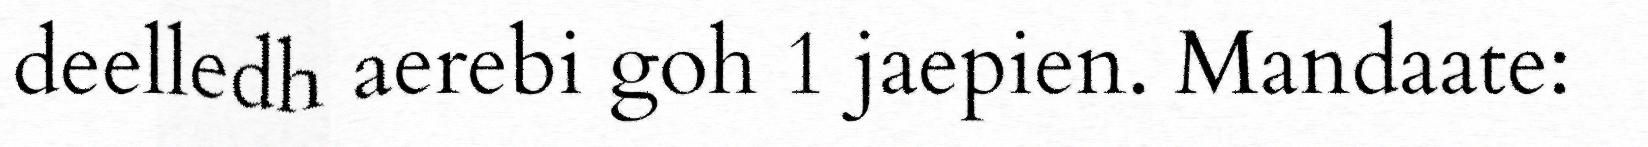
deelledh aerebi goh 1 jaepien. Mandaate: